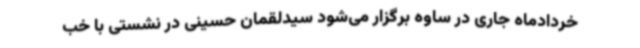
خردادماه جاری در ساوه برگزار می‌شود سیدلقمان حسینی در نشستی با خب